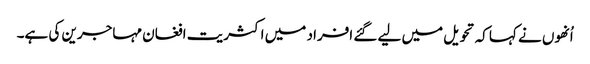
اُنھوں نے کہا کہ تحویل میں لیے گئے افراد میں اکثریت افغان مہاجرین کی ہے۔